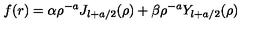
f ( r ) = \alpha \rho ^ { - a } J _ { l + a / 2 } ( \rho ) + \beta \rho ^ { - a } Y _ { l + a / 2 } ( \rho ) \,